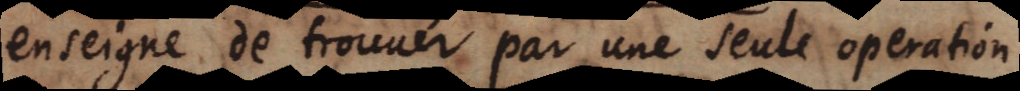
enseigne de trouver par une seule operation